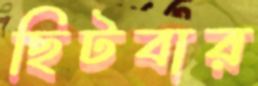
ছিটবার